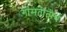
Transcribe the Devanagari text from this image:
गोमतीतीर्थ